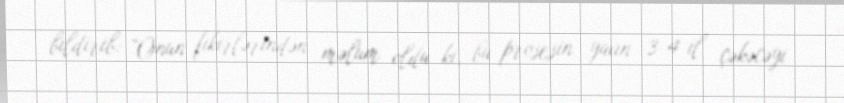
bildirib: “Onun fikirlərindən məlum oldu ki, bu prosesin yaxın 3-4 il çəkəcəyi